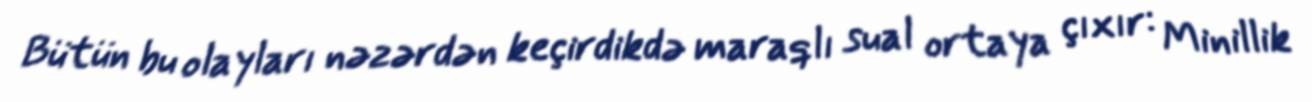
Bütün bu olayları nəzərdən keçirdikdə maraqlı sual ortaya çıxır: Minillik